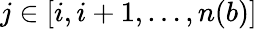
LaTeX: j\in[i,i+1,\ldots,n(b)]